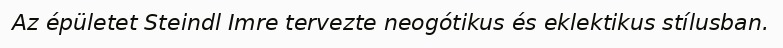
Az épületet Steindl Imre tervezte neogótikus és eklektikus stílusban.